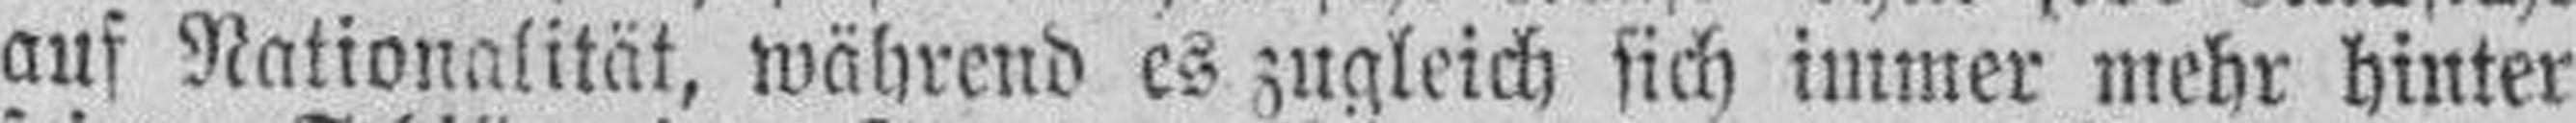
auf Nationalität, während es zugleich sich immer mehr hinter